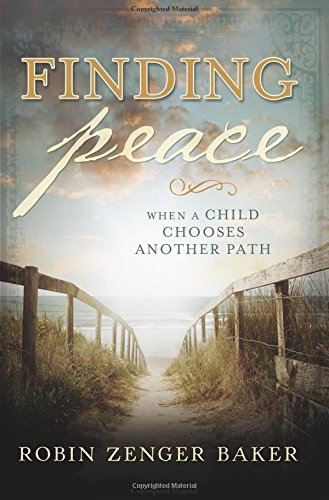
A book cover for Finding Peace When a Child Chooses Another Path; Robin Zenger Baker; Christian Books & Bibles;